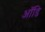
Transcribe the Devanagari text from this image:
ऑडि